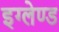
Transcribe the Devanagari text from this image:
इग्‍लेण्‍ड